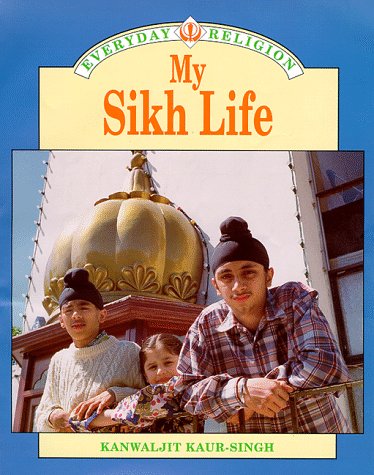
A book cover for My Sikh Life (Everyday Religion); Kanwaljit Kaur-Singh; Children's Books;